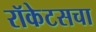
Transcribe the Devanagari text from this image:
रॉकेटसचा